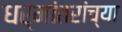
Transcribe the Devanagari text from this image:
धर्मांतरांच्या